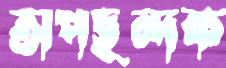
অপছন্দক